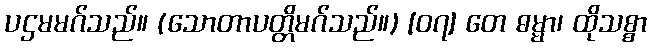
ပဌမမဂ်သည်။ (သောတာပတ္တိမဂ်သည်။) [၀၇] တေ ဓမ္မာ၊ ထိုသစ္စာ